Vaccination in Bombay 1889-1901 - 1889-1901
Year: 1889
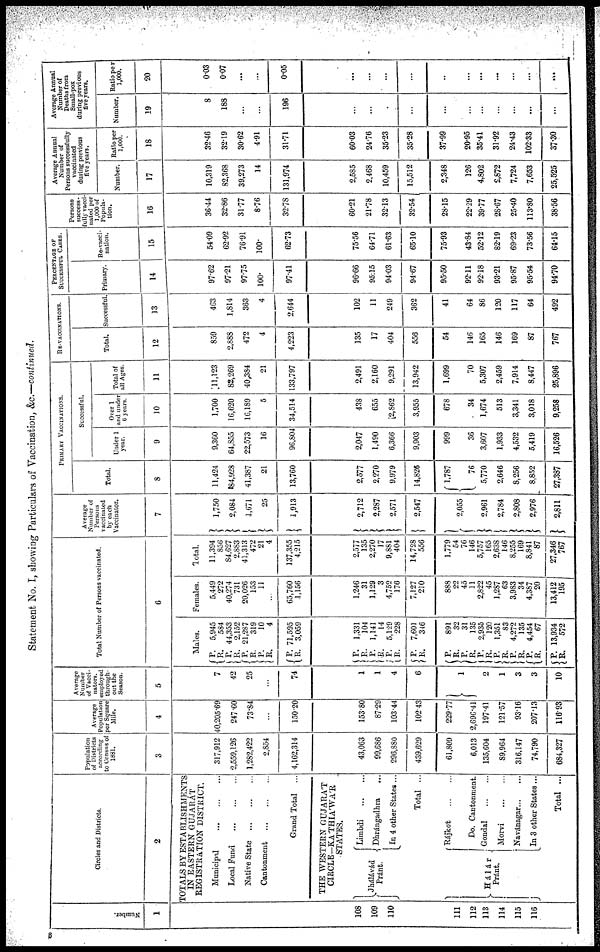
Statement No. I, showing Particulars of Vaccination, &c.—continued.
Number.
1
108
109
110
111
112
113
114
115
116
Circles and Districts.
2
TOTALS BY ESTABLISHMENTS
IN EASTERN GUJARÁT
REGISTRATION DISTRICT.
Municipal
...
...
...
Local Fund
...
...
...
Native State
...
...
...
Cantonment
...
...
...
Grand Total ...
THE WESTERN GUJARAT
CIRCLE—KÁTHIÁWÁR.
STATES.
Jhálávád
Pránt.
Limbdi
...
...
Dhrángadhra ...
In 4 other States ...
Total ...
Há1ár
Pránt.
Rájkot
...
...
Do. Cantonment.
Gondal
...
...
Morvi
...
...
Navánagar ... ...
In 3 other States ...
Total ...
Population
of Districts
according
to Census of
1881.
3
317,912
2,559,126
1,282,422
2,854
4,162,314
43,063
99,686
296,880
439,629
61,809
6,013
135,604
89,964
316,147
74,790
684,327
Average
Population
per Square
Mile.
4
40,205.69
247.60
73.84
...
150.20
153.80
87.29
103.44
102.43
229.77
2,696.41
197.41
121.57
93.16
207.13
116.93
Average
Number
of Vacci-
nators,
employed
through-
out the
Season.
5
7
42
25
...
74
1
1
4
6
1
2
1
3
3
10
Total Number of Persons vaccinated.
6
Males.
P.
R.
P.
R. P. R.
P.
R.
P. R.
P.
R.
P. R.
P.
R.
P.
R.
P.
R.
P.
R.
P.
R.
P.
R.
P.
R.
P.
R.
P.
R.
5,945
584
44,353
2,152
21,287
319
10
4
71,595
3,059
1,331
104
1,141
14
5,129
228
7,601
346
891
32
31
135
2,935
120
1,351
83
4,272
135
4,454
67
13,934
572
Females.
5,449
272
40,274
731
20,026
153
11
...
65,760
1,156
1,246
31
1,129
3
4,752
176
7,127
210
888
22
45
11
2,822
45
1,287
63
3,983
34
4,387
20
13,412
195
Total.
11,394
856
84,627
2,883
41,313
472
21
4
137,355
4,215
2,577
135
2,270
17
9,881
404
14,728
556
1,779
54
76
146
5,757
165
2,638
146
8,255
169
8,841
87
27,346
767
Average
Number of
Persons
vaccinated
by each
Vaccinator.
7
1,750
2,084
1,671
25
1,913
2,712
2,287
2,571
2,547
2,055
2,961
2,784
2,808
2,976
2,811
PRIMARY VACCINATIONS.
Total.
8
11,424
84,928
41,387
21
13,760
2,577
2,270
9,979
14,826
1,787
76
5,770
2,646
8,256
8,852
27,387
Successful.
Under 1
year.
9
9,360
64,855
22,573
16
96,804
2,047
1,490
6,366
9,903
999
36
3,607
1,933
4,532
5,419
16,526
Over 1
and under
6 years.
10
1,700
16,620
16,189
5
34,514
438
655
2,862
3,955
678
34
1,674
513
3,341
3,018
9,258
Total of
all Ages.
11
11,123
82,269
40,384
21
133,797
2,491
2,160
9,291
13,942
1,699
70
5,307
2,459
7,914
8,447
25,896
RE-VACCINATIONS.
Total.
12
859
2,888
472
4
4,223
135
17
404
556
54
146
165
146
169
87
767
Successful.
13
463
1,814
363
4
2,644
102
11
249
362
41
64
86
120
117
64
492
PERCENTAGE OF
SUCCESSFUL CASES.
Primary.
14
97.62
97.21
97.75
100.
97.41
96.66
95.15
94.03
94.67
95.50
92.11
92.18
93.21
95.87
95.54
94.70
Re-vacci-
nation.
15
54.09
62.92
76.91
100.
62.73
75.56
64.71
61.63
65.10
75.93
43.84
52.12
82.19
69.23
73.56
64.15
Persons
success-
fully vacci-
nated per
1,000 of
Popula-
tion.
16
36.44
32.86
31.77
8.76
32.78
60.21
21.78
32.13
32.54
28.15
22.29
39.77
28.67
25.40
113.80
38.56
Average Annual
Number of
Persons successfully
vaccinated
during previous
five years.
Number.
17
10,319
82,368
39,273
14
131,974
2,585
2,468
10,459
15,512
2,348
126
4,802
2,872
7,724
7,653
25,525
Ratio per
1,000.
18
32.46
32.19
30.62
4.91
31.71
60.03
24.76
35.23
35.28
37.99
20.95
35.41
31.92
24.43
102.33
37.30
Average Annual
Number of
Deaths from
Small-pox
during previous
five years.
Number.
19
8
188
...
...
196
...
...
...
...
...
...
...
...
...
...
...
Ratio per
1,000.
20
0.03
0.07
...
...
0.05
...
...
...
...
...
...
...
...
...
...
...
8